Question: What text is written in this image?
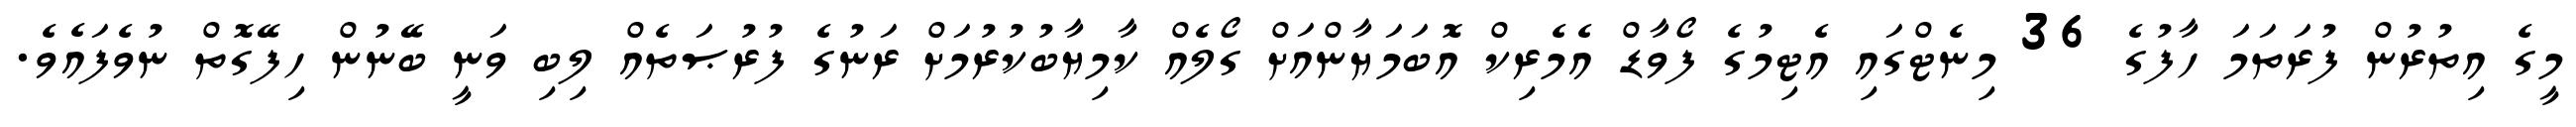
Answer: މީގެ އިތުރުން ފުރަތަމަ ހާފުގެ 36 މިނެޓްގައި އެޓިމުގެ ފޯވާޑް އެމެރިކް އޮބަމަޔާންއަށް ގޯލެއް ކާމިޔާބުކުރުމަށް ރަނުގެ ފުރުޞަތެއް ލިބި ވަނީ ބޭނުން ހިފޭގޮތް ނުވެފައެވެ.